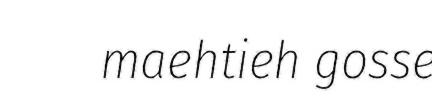
maehtieh gosse